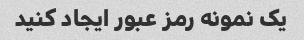
یک نمونه رمز عبور ایجاد کنید